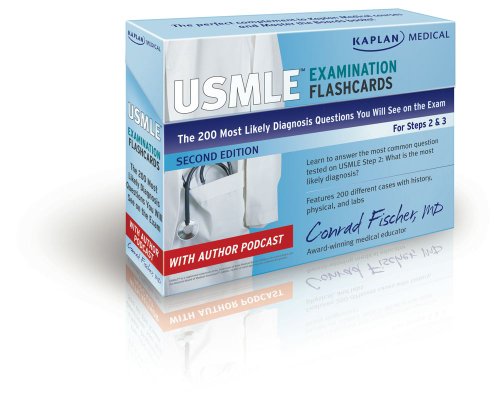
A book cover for Kaplan Medical USMLE Examination Flashcards: The 200 "Most Likely Diagnosis" Questions You Will See on the Exam for Steps 2 & 3 (USMLE Prep); Conrad Fischer MD; Test Preparation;